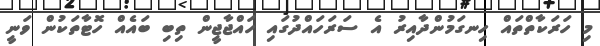
މި ހަރަކާތްތައް ހިނގަމުންދާއިރު އެ ސަރަހައްދުގައި ހައްޖާޖީން ތިބި ބައެއް ހޮޓާތަކުން ވަނީ